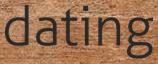
dating